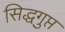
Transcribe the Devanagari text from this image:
सिद्धगुप्त